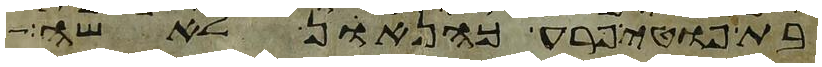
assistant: בת פוטיפרע כהן אן לאשה